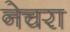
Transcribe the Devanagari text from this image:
नेचरा